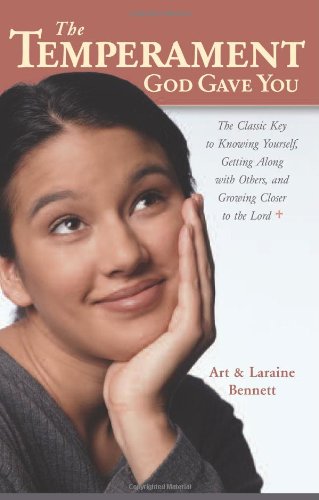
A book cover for The Temperament God Gave You: The Classic Key to Knowing Yourself, Getting Along with Others, and Growing Closer to the Lord; Art Bennett; Christian Books & Bibles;